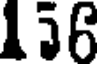
156